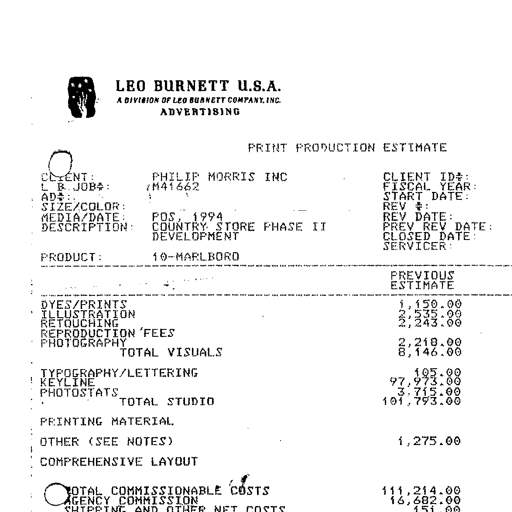
LEO BURNETT U.S.A.
A DIVISION OF LEO BURNETT COMPANY, INC.
ADVERTISING

PRINT PRODUCTION ESTIMATE

CLIENT:
L B JOB#:
AD#:
SIZE/COLOR:
MEDIA/DATE:
DESCRIPTION:

PRODUCT:

PHILIP MORRIS INC
M41662

POS, 1994
COUNTRY STORE PHASE II
DEVELOPMENT

10-MARLBORO

CLIENT ID#:
FISCAL YEAR:
START DATE:
REV #:
REV DATE:
PREV REV DATE:
CLOSED DATE:
SERVICER:

PREVIOUS
ESTIMATE

DYES/PRINTS
ILLUSTRATION
RETOUCHING
REPRODUCTION FEES
PHOTOGRAPHY
TOTAL VISUALS

TYPOGRAPHY/LETTERING
KEYLINE
PHOTOSTATS
TOTAL STUDIO

PRINTING MATERIAL

OTHER (SEE NOTES)

COMPREHENSIVE LAYOUT

TOTAL COMMISSIONABLE COSTS
AGENCY COMMISSION
SHIPPING AND OTHER NET COSTS

1,150.00
2,535.00
2,243.00

2,218.00
8,146.00

105.00
97,973.00
3,715.00
101,793.00

1,275.00

111,214.00
16,682.00
151.00